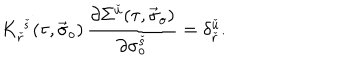
K _ { \check { r } } ^ { \; \check { s } } ( \tau , \vec { \sigma } _ { o } ) \, \frac { \partial \Sigma ^ { \check { u } } ( \tau , \vec { \sigma } _ { o } ) } { \partial \sigma _ { o } ^ { \check { s } } } = \delta _ { \check { r } } ^ { \check { u } } .